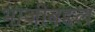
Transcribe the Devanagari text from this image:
भाजीबद्दल